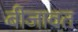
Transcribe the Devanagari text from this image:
बीजावत